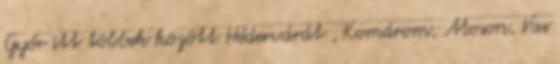
Győr itt többek között Hédervárát , Komárom, Moson, Vas